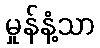
မှုန်နံ့သာ